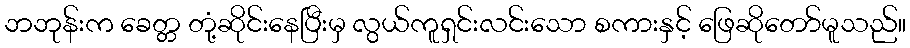
ဘဘုန်းက ခေတ္တ တုံ့ဆိုင်းနေပြီးမှ လွယ်ကူရှင်းလင်းသော စကားနှင့် ဖြေဆိုတော်မူသည်။